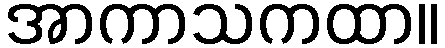
အာကာသကထာ။